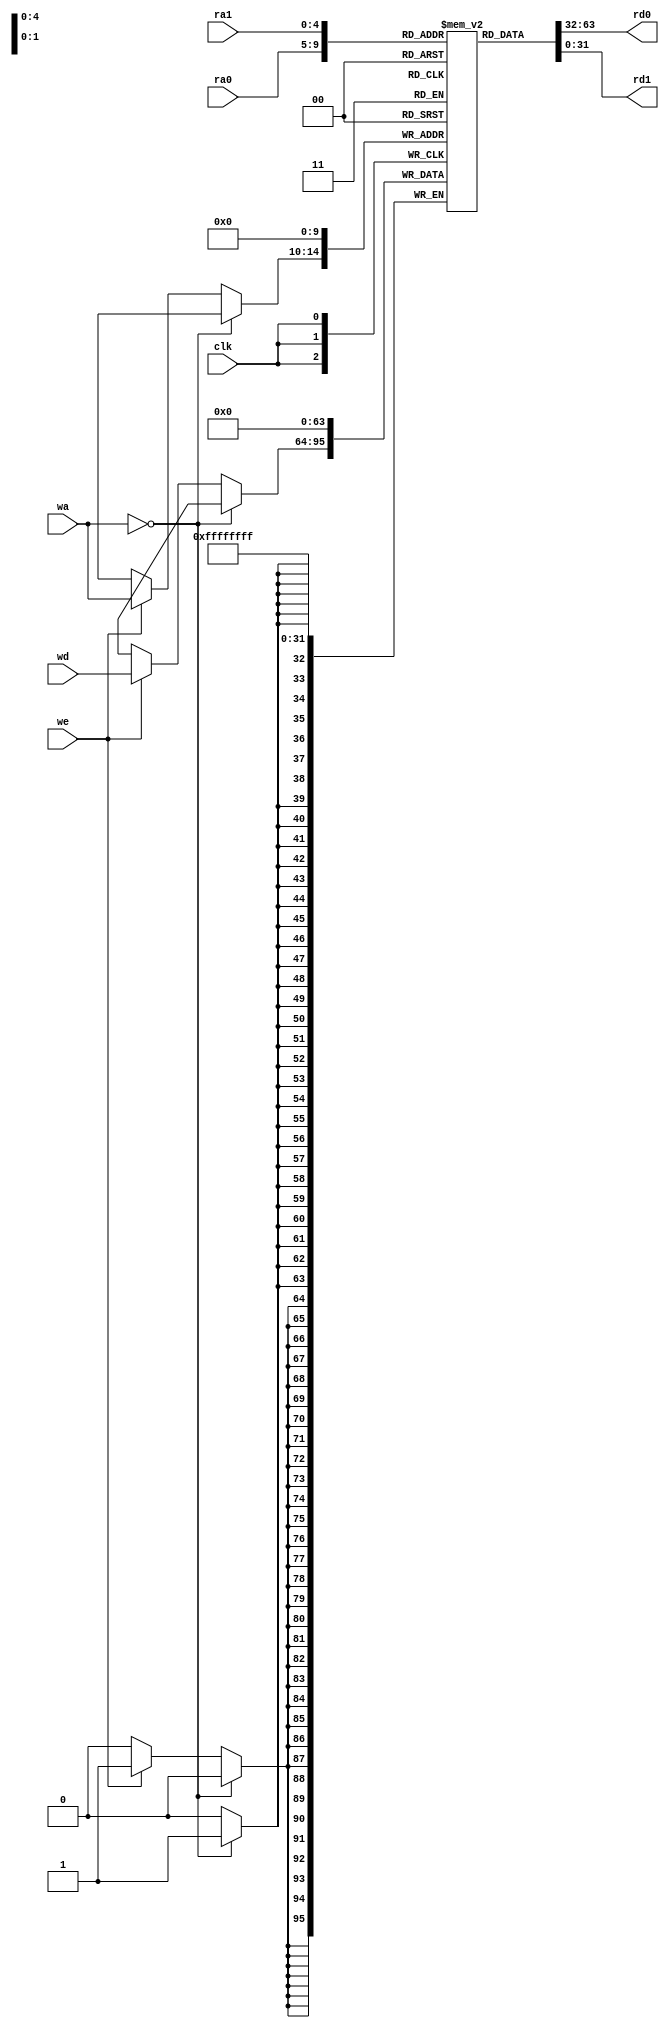
`timescale 1ns / 1ps
//////////////////////////////////////////////////////////////////////////////////
// Company: 
// Engineer: 
// 
// Design Name: 
// Module Name: RegFile
// Project Name: 
// Target Devices: 
// Tool Versions: 
// Description: 
// 
// Dependencies: 
// 
// Revision:
// Revision 0.01 - File Created
// Additional Comments:
// 
//////////////////////////////////////////////////////////////////////////////////


module RegFile#(
    parameter AW = 5,		//
    parameter DW = 32		//
)(
    input  clk,			//
    input [AW-1:0]  ra0, ra1,	//
    output [DW-1:0]  rd0, rd1,	//
    input [AW-1:0]  wa,		//
    input [DW-1:0]  wd,		//
    input we			//
);
reg [DW-1:0]  rf [0: (1<<AW)-1]; 	//
assign rd0 = rf[ra0];
assign rd1 = rf[ra1];	//
always @(posedge clk) begin
    rf[0] <= 0;
    if(wa==0) rf[0] <= 0;
    else begin
        if(we) rf[wa]<=wd; 
    end 
end
    
endmodule